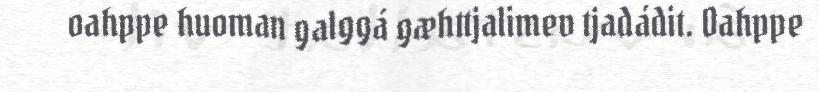
oahppe huoman galggá gæhttjalimev tjadádit. Oahppe